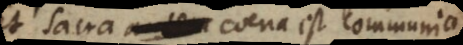
Et sacra coena est communio